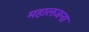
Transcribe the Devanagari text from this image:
महालजना